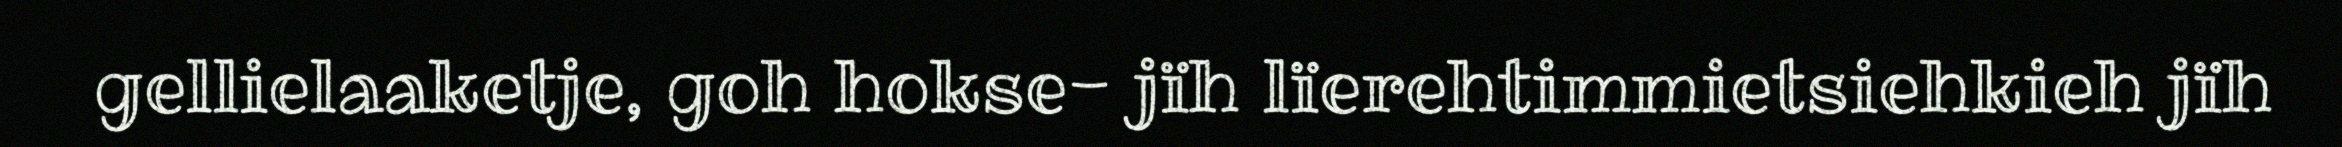
gellielaaketje, goh hokse- jïh lïerehtimmietsiehkieh jïh